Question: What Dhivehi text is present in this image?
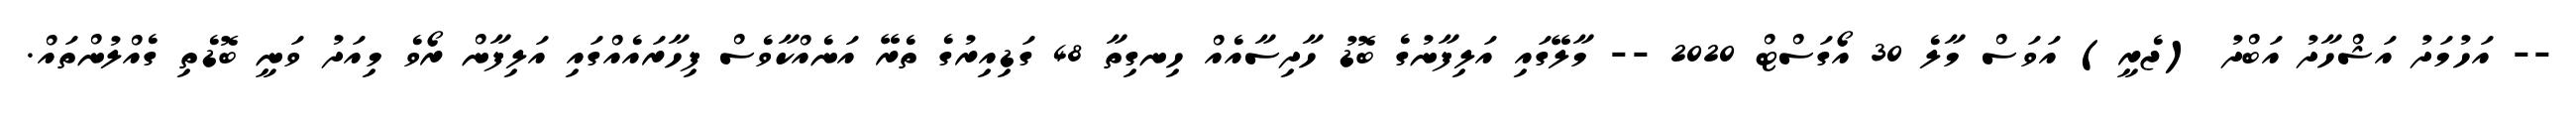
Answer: -- އަހުމަދު އަޝްހާދު އަބްދު (ޖެރީ) އަވަސް މާލެ 30 އޯގަސްޓް 2020 -- މާލޭގައި އަލިފާނުގެ ބޮޑު ހާދިސާއެއް ހިނގިތާ 48 ގަޑިއިރުގެ ތެރޭ އަނެއްކާވެސް ފިހާރައެއްގައި އަލިފާން ރޯވެ މިއަދު ވަނީ ބޮޑެތި ގެއްލުންތައް.